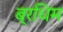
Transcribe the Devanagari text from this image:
ब्रधिम